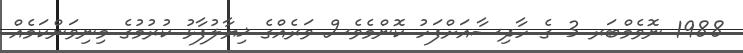
1988 ނޮވެމްބަރ 3 ގެ ހާދިސާއަށްފަހު ކޮންމެވެސް ވަރެއްގެ ޚިޔާލުފާޅު ކުރުމުގެ މިނިވަންކަމެއް